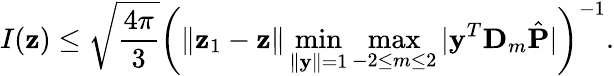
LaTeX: I(\mathbf{z})\leq\sqrt{\frac{4\pi}{3}}\bigg({\| {\mathbf z}_{1}-{\mathbf z}\| \operatorname*{min}_{\| \mathbf y\| =1}\operatorname*{max}_{-2\leq m\leq 2}|\mathbf y^{T}\mathbf D_{m}\hat{\mathbf P}|}\bigg)^{-1}.